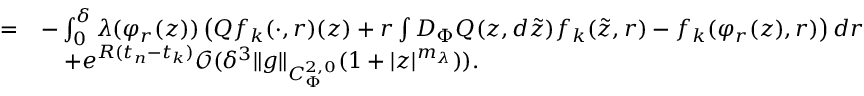
\begin{array} { r l } { = } & { - \int _ { 0 } ^ { \delta } \lambda ( \varphi _ { r } ( z ) ) \left( Q f _ { k } ( \cdot , r ) ( z ) + r \int D _ { \Phi } Q ( z , d \tilde { z } ) f _ { k } ( \tilde { z } , r ) - f _ { k } ( \varphi _ { r } ( z ) , r ) \right) d r } \\ & { \quad + e ^ { R ( t _ { n } - t _ { k } ) } \mathcal { O } ( \delta ^ { 3 } \lVert g \rVert _ { C _ { \Phi } ^ { 2 , 0 } } ( 1 + \lvert z \rvert ^ { m _ { \lambda } } ) ) . } \end{array}